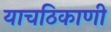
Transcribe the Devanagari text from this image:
याचठिकाणी